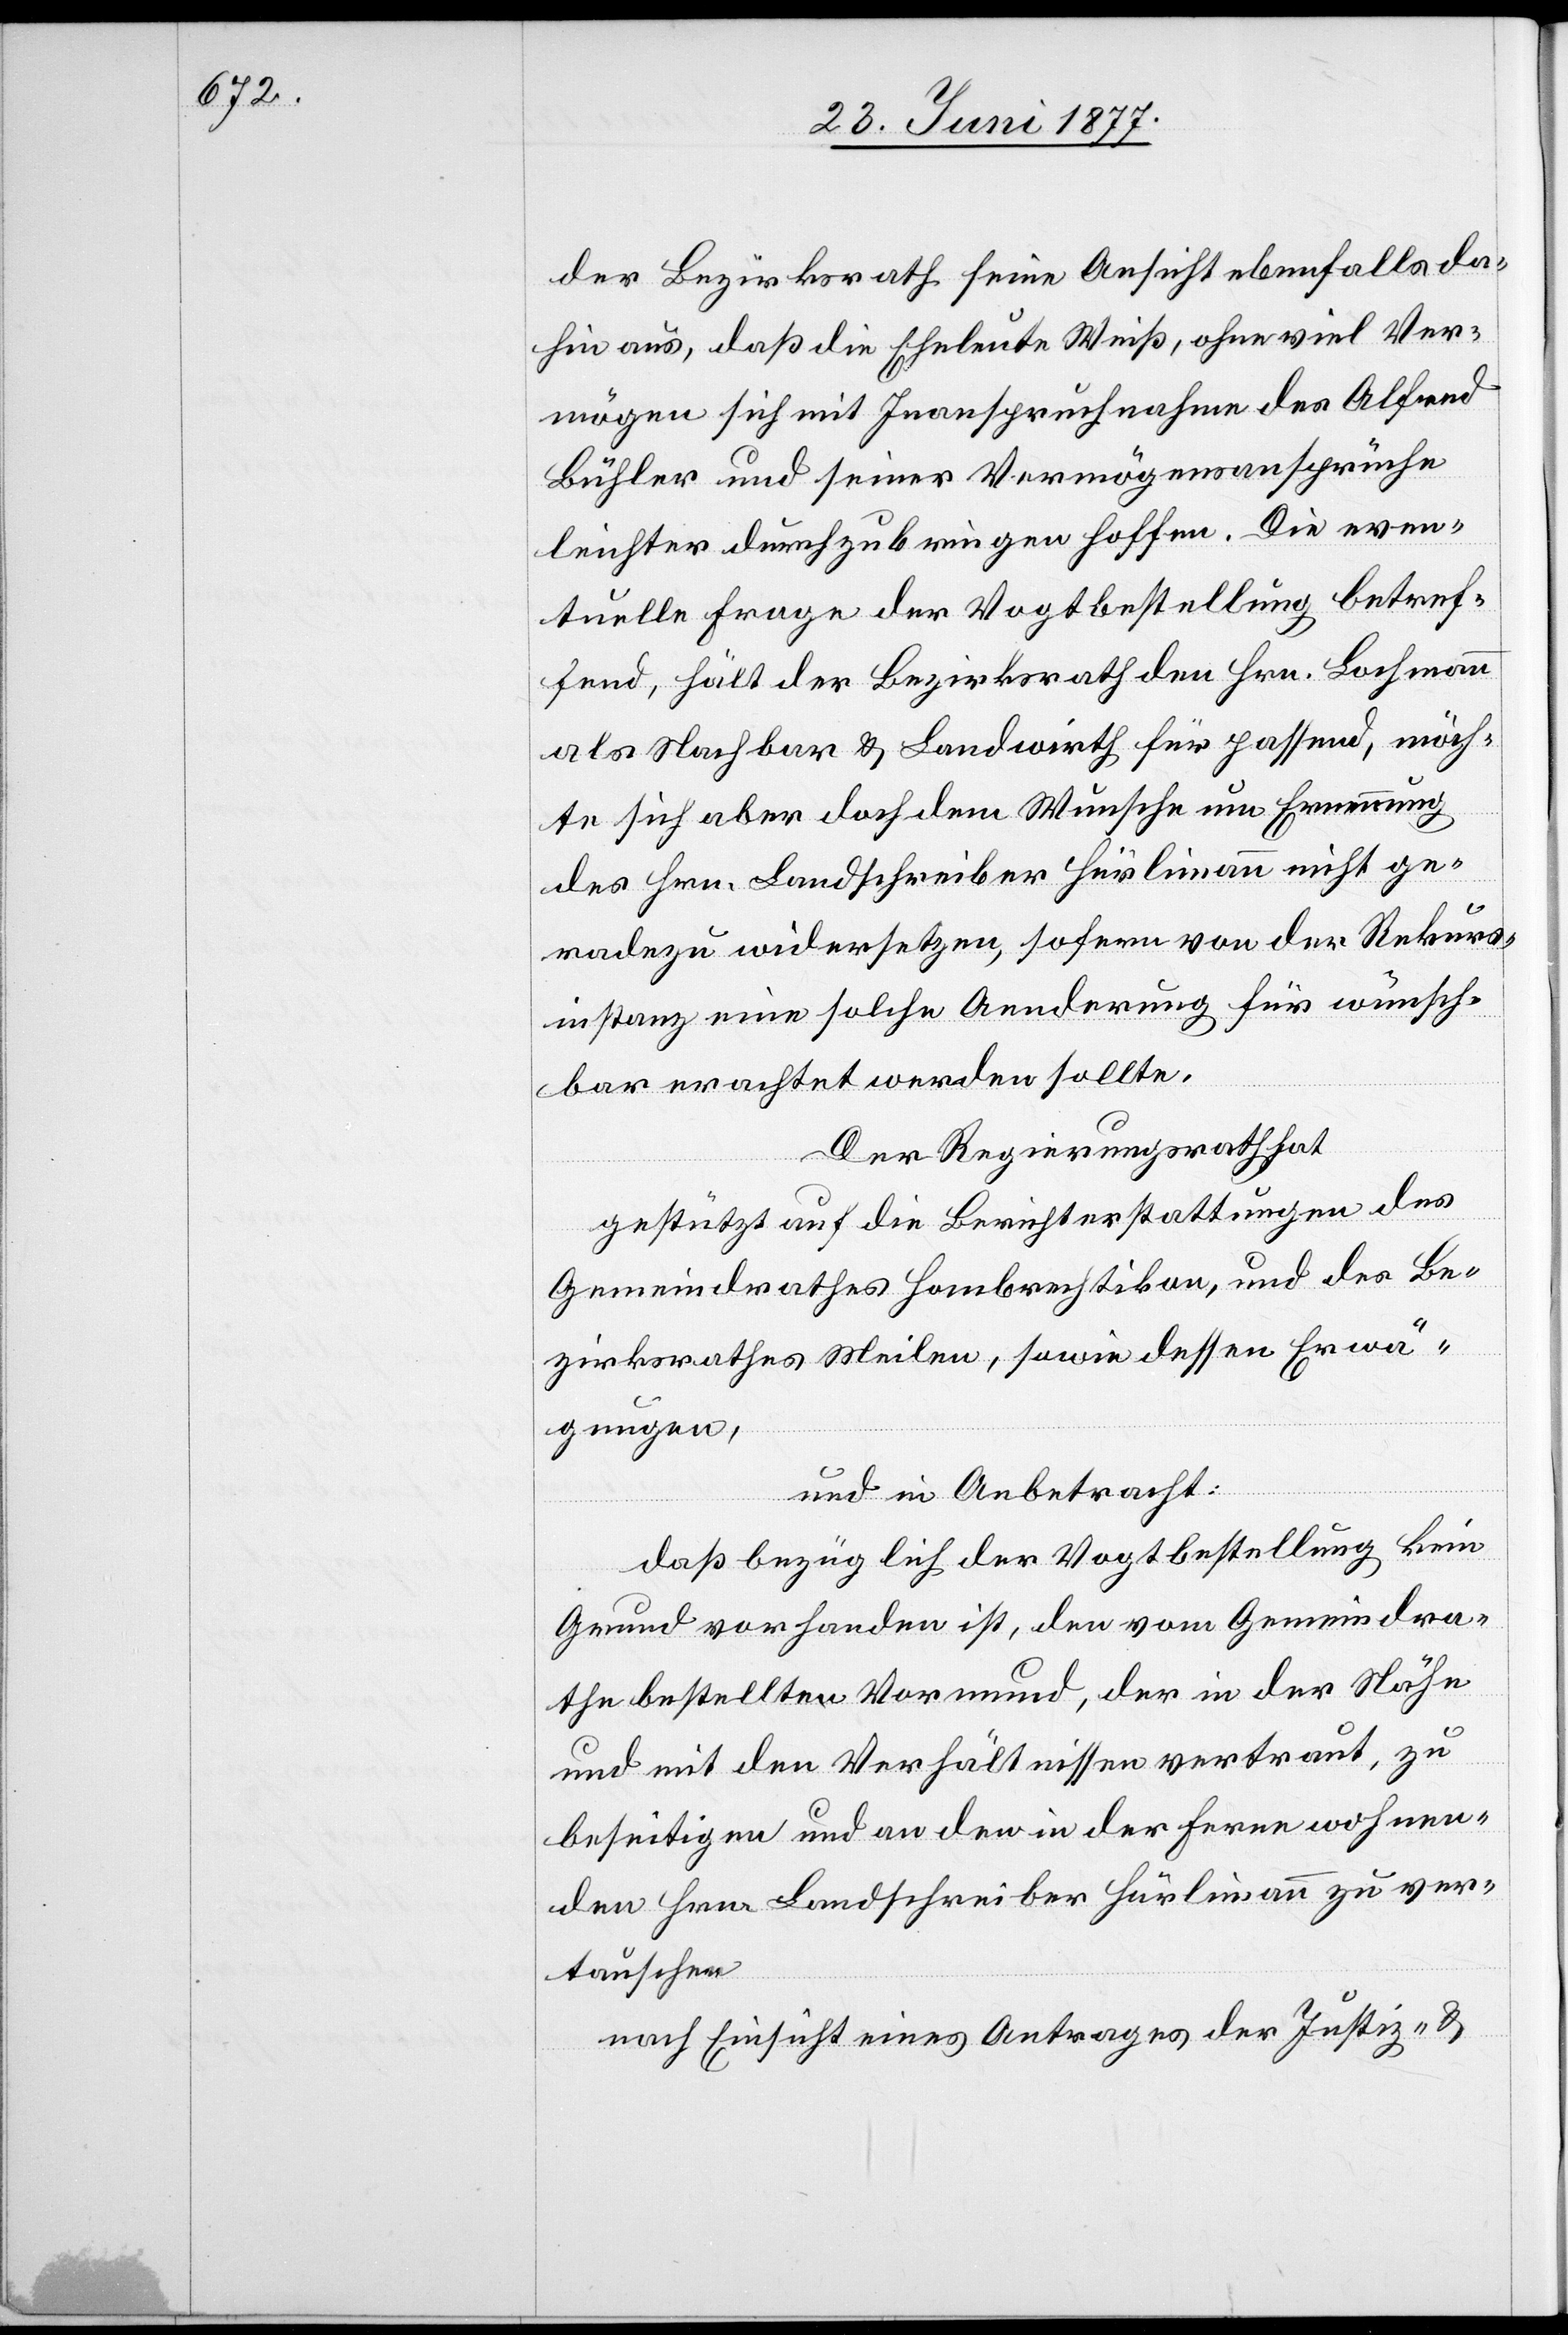
der Bezirksrath seine Ansicht ebenfalls da¬
hin aus, daß die Eheleute Weiß, ohne viel Ver¬
mögen sich mit Inanspruchnahme des Alfred
Bühler und seiner Vermögensansprüche
leichter durchzubringen hoffen. Die even¬
tuelle Frage der Vogtbestellung betref¬
fend, hält der Bezirksrath den Hrn. Bachmann
als Nachbar & Landwirth für passend, möch¬
te sich aber doch dem Wunsche um Ernennung
des Hrn. Landschreiber Hürlimann nicht ge¬
radezu widersetzen, sofern von der Rekurs¬
instanz eine solche Aenderung für wünsch¬
bar erachtet werden sollte.
Der Regierungsrath hat,
gestützt auf die Berichterstattungen des
Gemeindrathes Hombrechtikon, und des Be¬
zirksrathes Meilen, sowie dessen Erwä¬
gungen,
und in Anbetracht:
daß bezüglich der Vogtbestellung kein
Grund vorhanden ist, den vom Gemeindra¬
the bestellten Vormund, der in der Nähe
und mit den Verhältnissen vertraut, zu
beseitigen und an den in der Ferne wohnen¬
den Hrn. Landschreiber Hürlimann zu ver¬
tauschen
nach Einsicht eines Antrages der Justiz- &